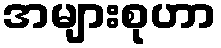
အများစုဟာ